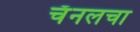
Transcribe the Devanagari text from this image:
चँनलचा